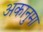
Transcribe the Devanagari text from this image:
अकानुमा